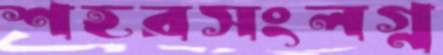
শহরসংলগ্ন